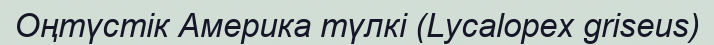
Оңтүстік Америка түлкі (Lycalopex griseus)